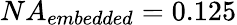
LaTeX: NA_{embedded}=0.125